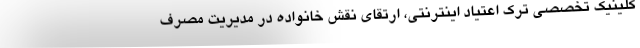
کلینیک تخصصی ترک اعتیاد اینترنتی، ارتقای نقش خانواده در مدیریت مصرف